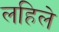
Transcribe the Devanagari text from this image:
लहिले